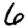
Digit: 6